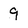
Character: 9